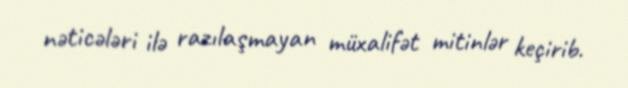
nəticələri ilə razılaşmayan müxalifət mitinlər keçirib.